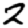
Digit: 2